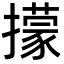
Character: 㩚